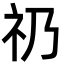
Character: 礽